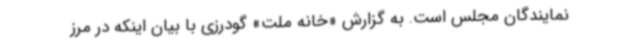
نمایندگان مجلس است. به گزارش «خانه ملت» گودرزی با بیان اینکه در مرز